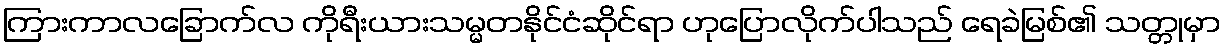
ကြားကာလခြောက်လ ကိုရီးယားသမ္မတနိုင်ငံဆိုင်ရာ ဟုပြောလိုက်ပါသည် ရေခဲမြစ်၏ သတ္တုမှာ